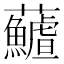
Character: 𩼻